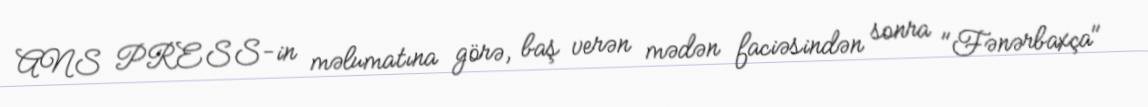
ANS PRESS-in məlumatına görə, baş verən mədən faciəsindən sonra "Fənərbaxça"